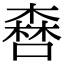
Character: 𠾤